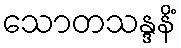
သောတသန္ဒနိံ